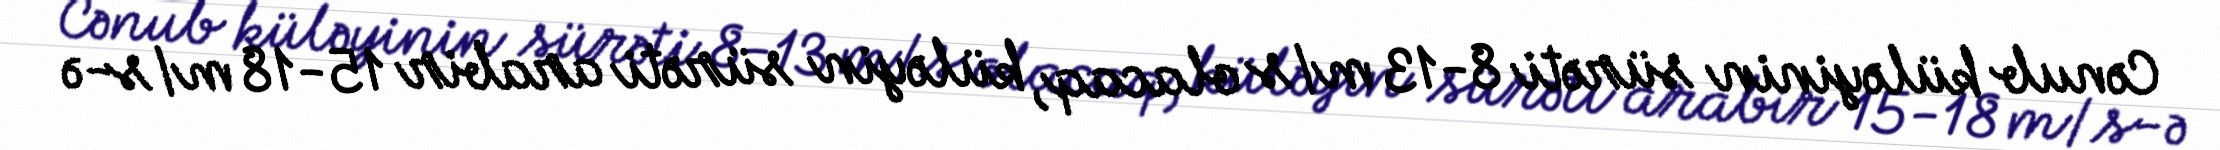
Cənub küləyinin sürəti 8-13 m/s olacaq, küləyin sürəti arabir 15-18 m/s-ə